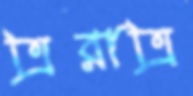
ত্রিরাত্রি